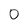
Character: 0